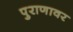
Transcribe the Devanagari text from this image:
पुराणावर